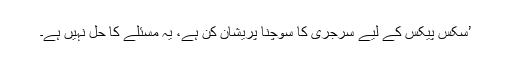
’سکس پیکس کے لیے سرجری کا سوچنا پریشان کن ہے، یہ مسئلے کا حل نہیں ہے۔